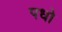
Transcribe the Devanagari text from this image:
पधो